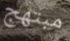
مبتهج